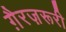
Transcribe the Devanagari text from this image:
ग़ैरज़रूरी